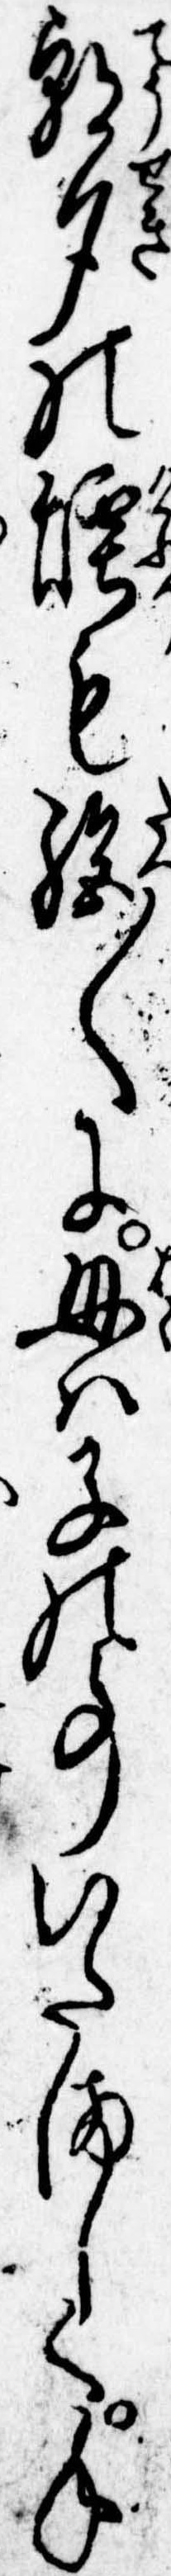
朝夕の煙も絶〱に母は子の事いたましく手